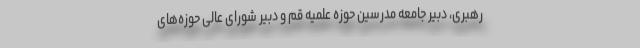
رهبری، دبیر جامعه مدرسین حوزه علمیه قم و دبیر شورای عالی حوزه‌های